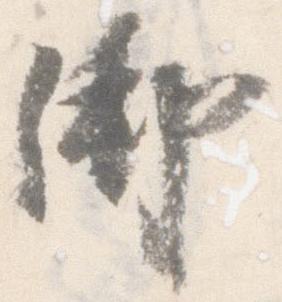
御